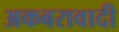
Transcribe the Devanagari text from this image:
अकबरावादी